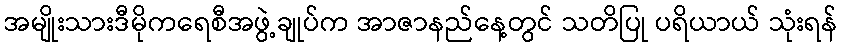
အမျိုးသားဒီမိုကရေစီအဖွဲ့ချုပ်က အာဇာနည်နေ့တွင် သတိပြု ပရိယာယ် သုံးရန်